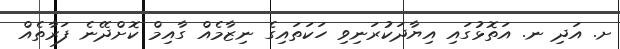
ށ. އަދި ނ. އަތޮޅުގައި އިޔާދަކުރަނިވި ހަކަތައިގެ ނިޒާމެއް ގާއިމް ކޮށްދޭނެ ފަރާތެއް